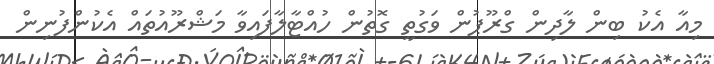
މިއާ އެކު ބިން ލާދިން ގްރޫޕުން ވަގުތީ ގޮތުން ހުއްޓާލާފައިވާ މަޝްރޫއުތައް އެކުންފުނިން